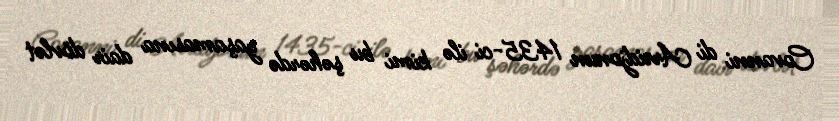
Covanni di Arridjonun 1435-ci ilə kimi bu şəhərdə yaşamasına dair dövlət